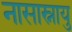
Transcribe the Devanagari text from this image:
नासास्नायु